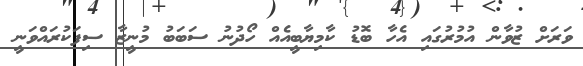
ވަރަށް ޒުވާން އުމުރުގައި އެހާ ބޮޑު ކާމިޔާބީއެއް ހޯދުނު ސަބަބު މުނީޒާ ސިފަކުރައްވަނީ